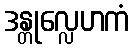
ဒန္တုလ္လေဟကံ